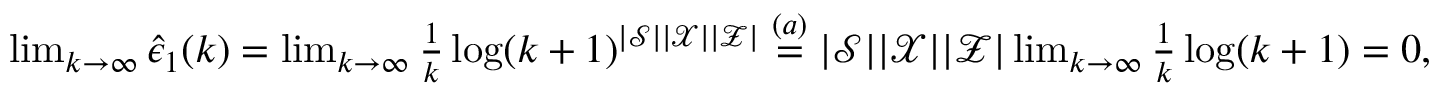
\begin{array} { r } { \operatorname* { l i m } _ { k \rightarrow \infty } \hat { \epsilon } _ { 1 } ( k ) = \operatorname* { l i m } _ { k \rightarrow \infty } \frac { 1 } { k } \log ( k + 1 ) ^ { | \mathcal { S } | | \mathcal { X } | | \mathcal { Z } | } \overset { ( a ) } { = } | \mathcal { S } | | \mathcal { X } | | \mathcal { Z } | \operatorname* { l i m } _ { k \rightarrow \infty } \frac { 1 } { k } \log ( k + 1 ) = 0 , } \end{array}